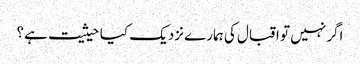
اگر نہیں تو اقبال کی ہمارے نزدیک کیا حیثیت ہے؟